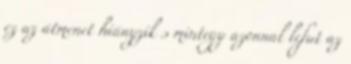
ez az átmenet hiányzik s mintegy azonnal lefut az